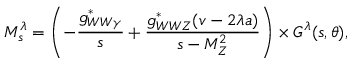
{ \cal M } _ { s } ^ { \lambda } = \left( - \frac { g _ { W W \gamma } ^ { * } } { s } + \frac { g _ { W W Z } ^ { * } ( v - 2 \lambda a ) } { s - M _ { Z } ^ { 2 } } \right) \times { \cal G } ^ { \lambda } ( s , \theta ) ,